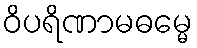
ဝိပရိဏာမဓမ္မေ